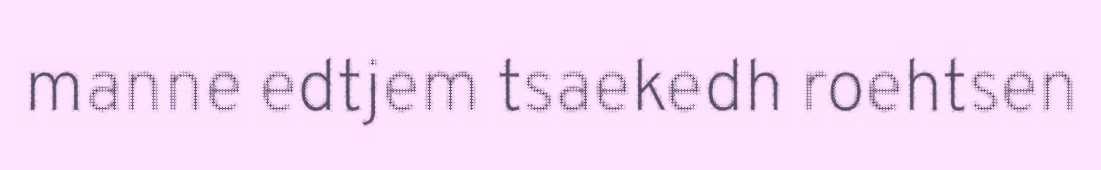
manne edtjem tsaekedh roehtsen